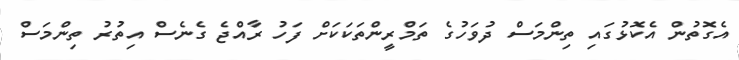
އެގޮތުން އެކޮޅުގައި ތިންމަސް ދުވަހުގެ ތަމްރީންތަކަކަށް ފަހު ރާއްޖެ ގެނެސް އިތުރު ތިންމަސް